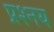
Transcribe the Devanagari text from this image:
प्रश्नय